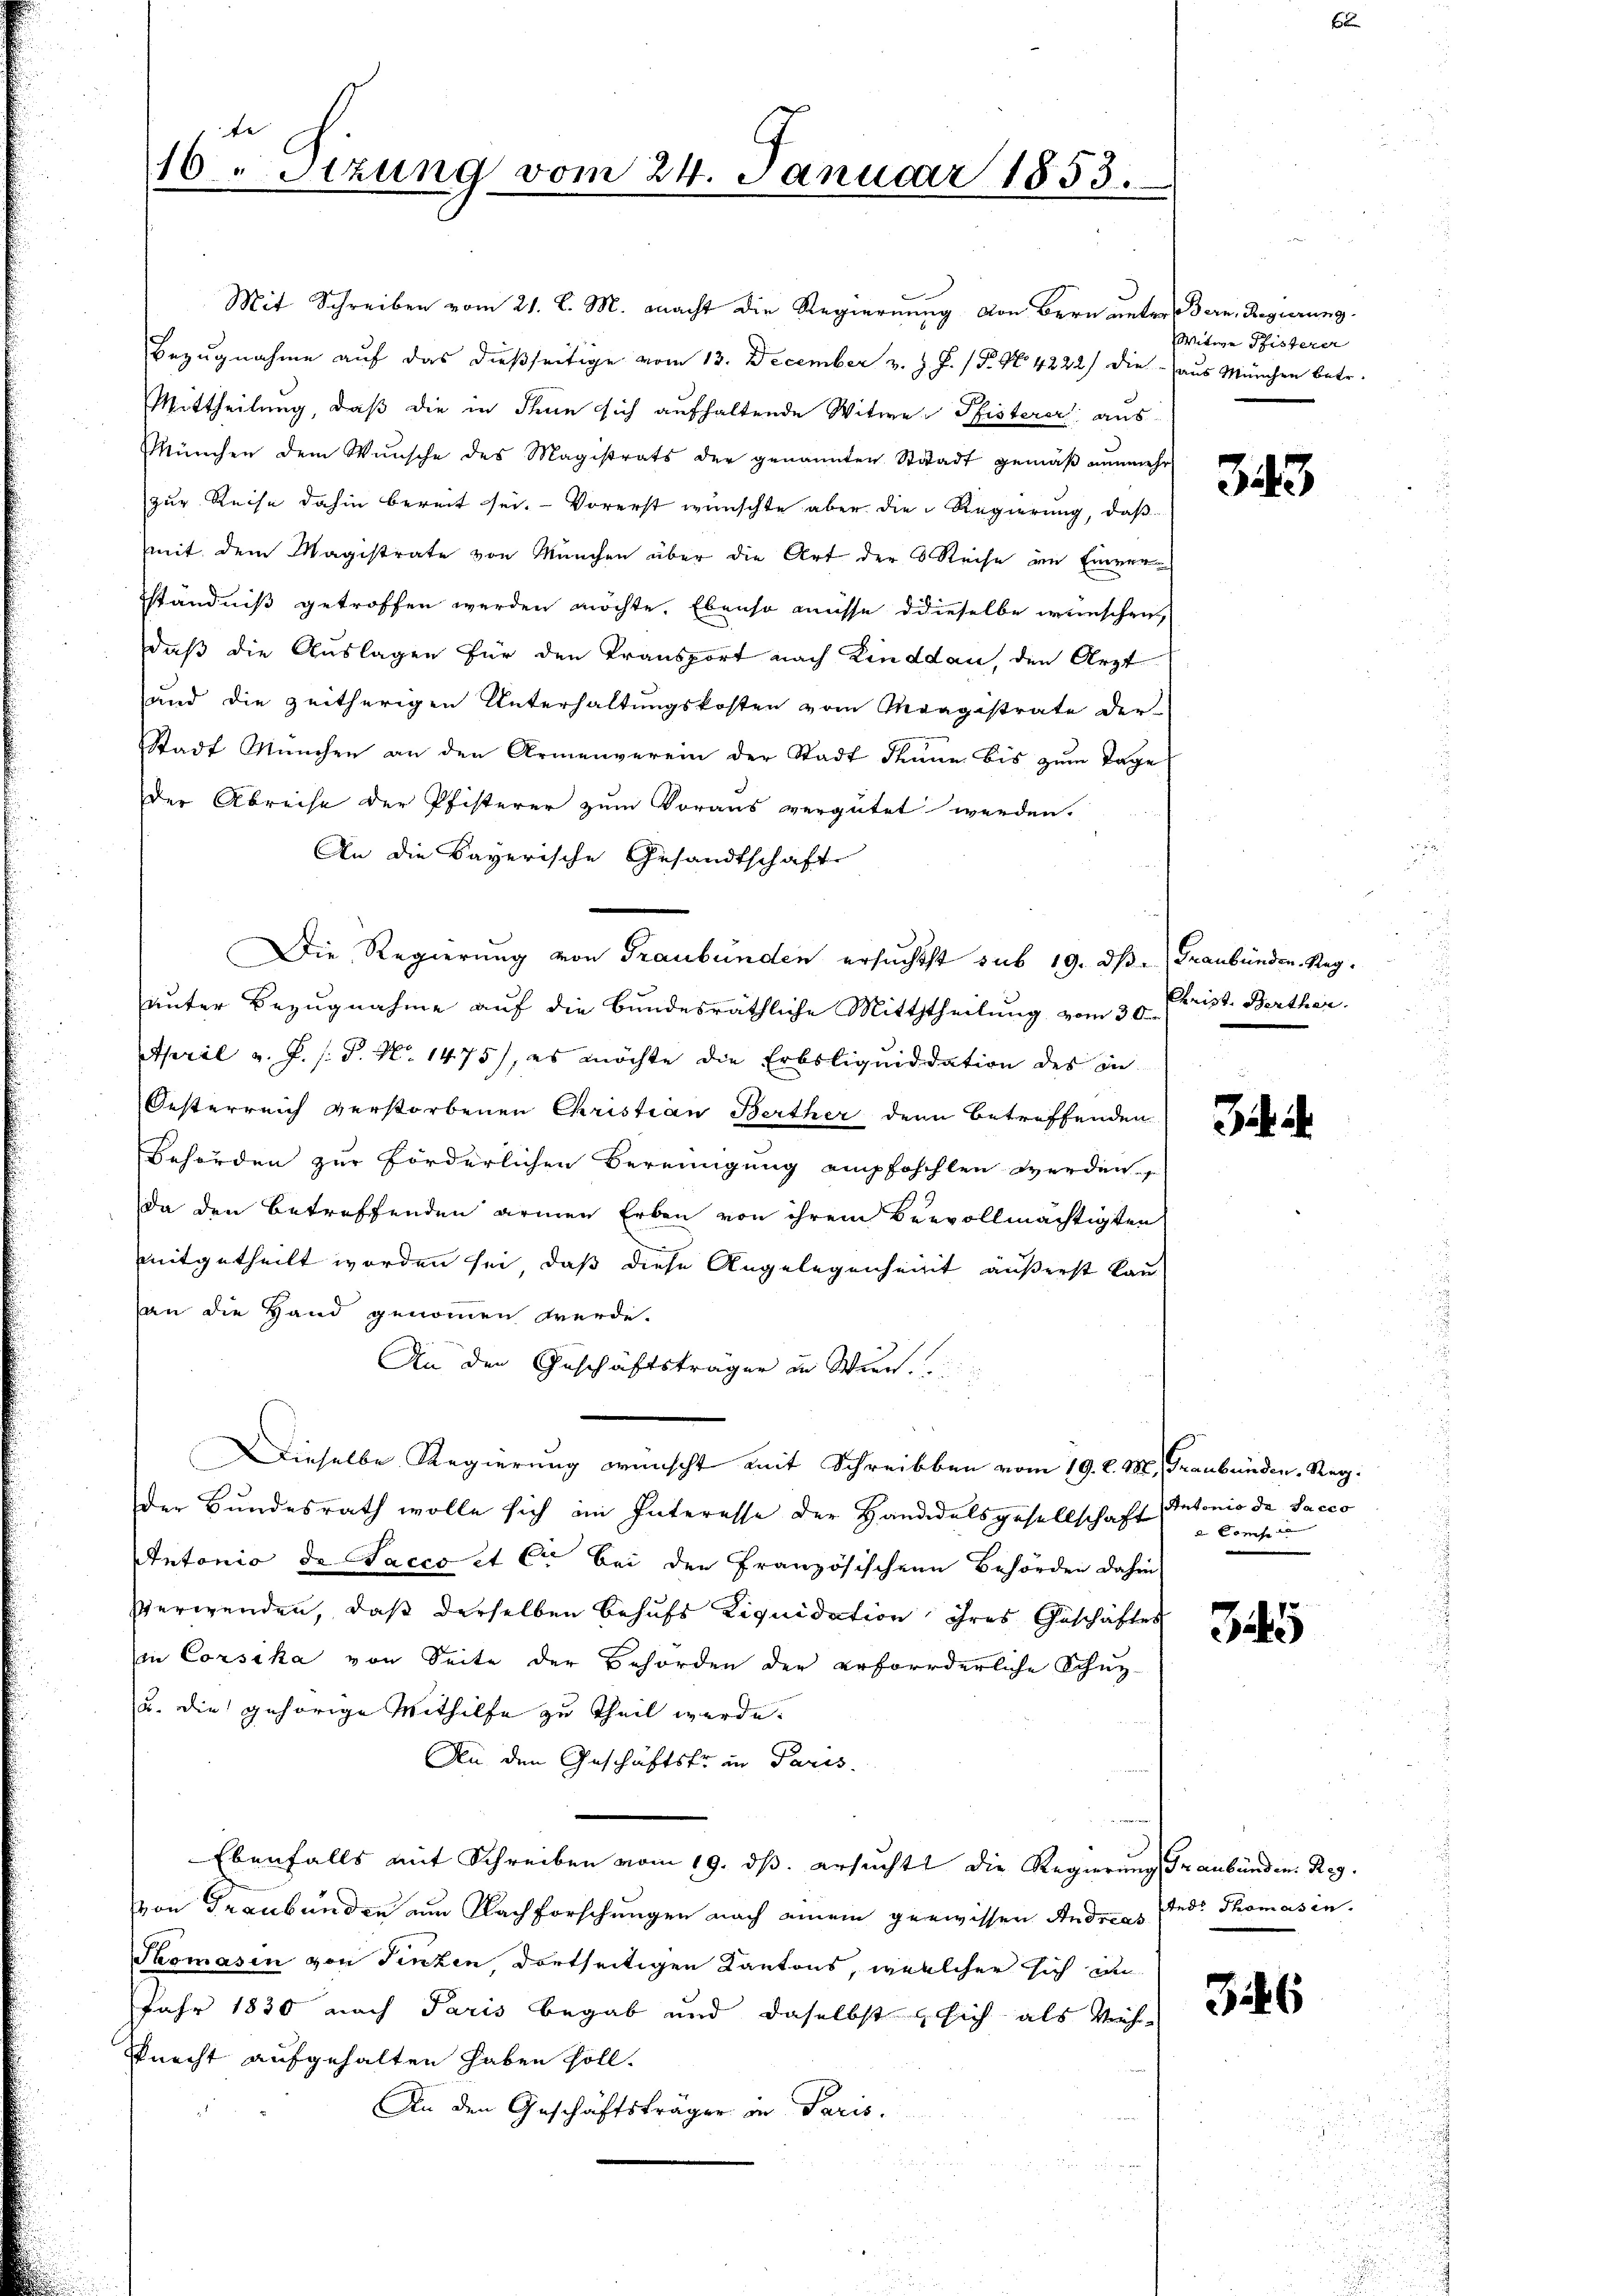
te
16. Sizung vom 24. Januar 1853.

Mit Schreiben vom 21. d. M. macht die Regierung von Bern unter Bern, Regierung
Bezugnahme auf das dießseitige vom 13. December v. J. J. P. Nr. 4222) die Haus München betr.
Mittheilung, daß die in denn sich aufhaltende Witwe Pfisterer aus
München dem Wunsche des Magistrats der genannten Stadt gemäβ nŭnmehr
zur Reise dahin bereit sei. - Vorerst wünschte aber die Regierung, daß
mit dem Magistrate von München über die Art der Reise im Einversständniß getroffen werden möchte. Ebenso müsse dieselbe wünschen,
daß die Auslagen für den Transport nach Kinddan, den Arzt
und die zeitherigen Unterhaltŭngskosten vom Magistrate der
Stadt München an den Armenverein der Stadt dann bis zum Tage
der Abreise der Pfisterer zum Voraus vergütet werden.
An die Bayerische Gesandtschaft
Die Regierung von Graubünden ersuchtst sub 19. dβ. Graubünden Reg.
unter Bezugnahme auf die Bundesräthliche Mitththeilung vom 30. Christ. Berther.
April v. P. s. S. N. 1475), es möchte die Erbsliquiddation des in
Oesterreich verstorbenen Christian Berther denn betreffenden
Behörden zur Förderlichen Bereinigung empfohehlen werden.
da den betreffenden armen Erben von ihrem Beevollmächtigten
mitgetheilt worden sei, daß diese Angelegenheit äußerst kau
an die Hand genommen werde.
An den Geschäftsträger in Wien.
Dieselbe Regierung wünscht mit Schreibben vom 19. d. M., Graubünden, Reg
der Bundesrath wolle sich im Interesse der Handelsgesellschaft
Antonio de Sacco et C. bei der Französischen Behörden dahin
Verwenden, daß derselben behufs Liquidation ihres Geschäftes
in Corsika von Seite der Behörden der erforderliche Schuz-
u. die gehörige Mithilfe zu Theil werde.
An den Geschäftsfrau Paris.
Ebenfalls mit Schreiben vom 19. ds. ersucht die Regierung Graubünden Reg.
von Graubünden um Nachforschungen nach einem gewissen Andreas Ande Thomasin¬
Thomasen von Jenzen, dortseitigen Kantons, welcher sich an
Jahr 1830 nach Paris begab und daselbst sich als Vieh¬
Pnecht aufgehalten haben soll.
An den Geschäftsträger in Paris.

Witwe Pfisterer

343

3. 4.

Antonis de Sacco
 ouch

Bits

316